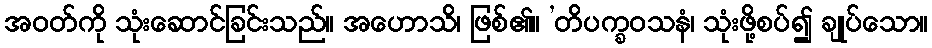
အဝတ်ကို သုံးဆောင်ခြင်းသည်။ အဟောသိ၊ ဖြစ်၏။ ’တိပက္ခဝသနံ၊ သုံးဖို့စပ်၍ ချုပ်သော။